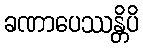
ခဏာပေဿန္တိပိ